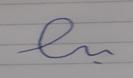
Signature authenticity: forged